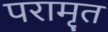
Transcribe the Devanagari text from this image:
परामृत